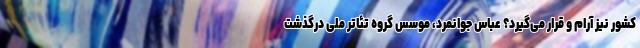
کشور نیز آرام و قرار می‌گیرد؟ عباس جوانمرد، موسس گروه تئاتر ملی درگذشت